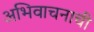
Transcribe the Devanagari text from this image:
अभिवाचनाची